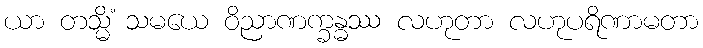
ယာ တသ္မိံ သမယေ ဝိညာဏက္ခန္ဓဿ လဟုတာ လဟုပရိဏာမတာ